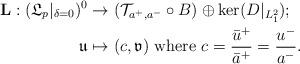
LaTeX: \begin{align*}\mathbf{L}:(\mathfrak{L}_p|_{\delta=0})^0&\rightarrow (\mathcal{T}_{a^+,a^-}\circ B)\oplus \ker(D|_{L^2_1});\\\mathfrak{u}&\mapsto (c,\mathfrak{v})\mbox{ where }c=\frac{\bar{u}^+}{\bar{a}^+}=\frac{u^-}{a^-}.\end{align*}